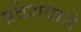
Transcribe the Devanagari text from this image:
प्रवेशवाले